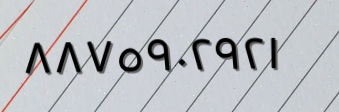
٨٨٧٥٩٠٢٩٢١